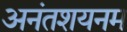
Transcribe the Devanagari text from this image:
अनंतशयनम